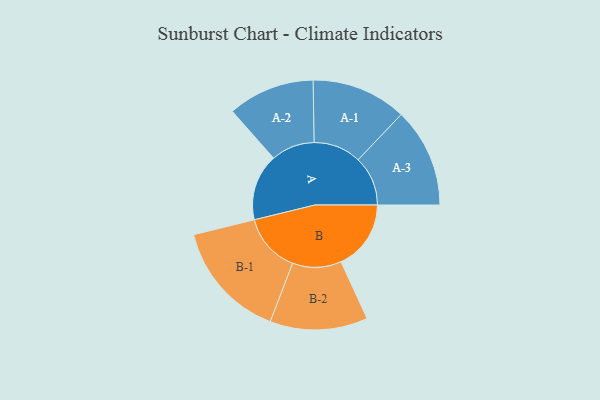
{"axis": {"x": "Segment", "y": "Value"}, "legend": ["", "A", "B"], "data": [{"x": "A", "y": 161, "type": ""}, {"x": "B", "y": 169, "type": ""}, {"x": "A-1", "y": 115, "type": "A"}, {"x": "A-2", "y": 105, "type": "A"}, {"x": "A-3", "y": 120, "type": "A"}, {"x": "B-1", "y": 143, "type": "B"}, {"x": "B-2", "y": 118, "type": "B"}]}